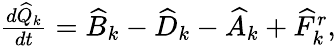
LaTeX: \begin{array}{r}{\frac{d\widehat{Q}_{k}}{dt}=\widehat{B}_{k}-\widehat{D}_{k}-\widehat{A}_{k}+\widehat{F}_{k}^{r},}\end{array}